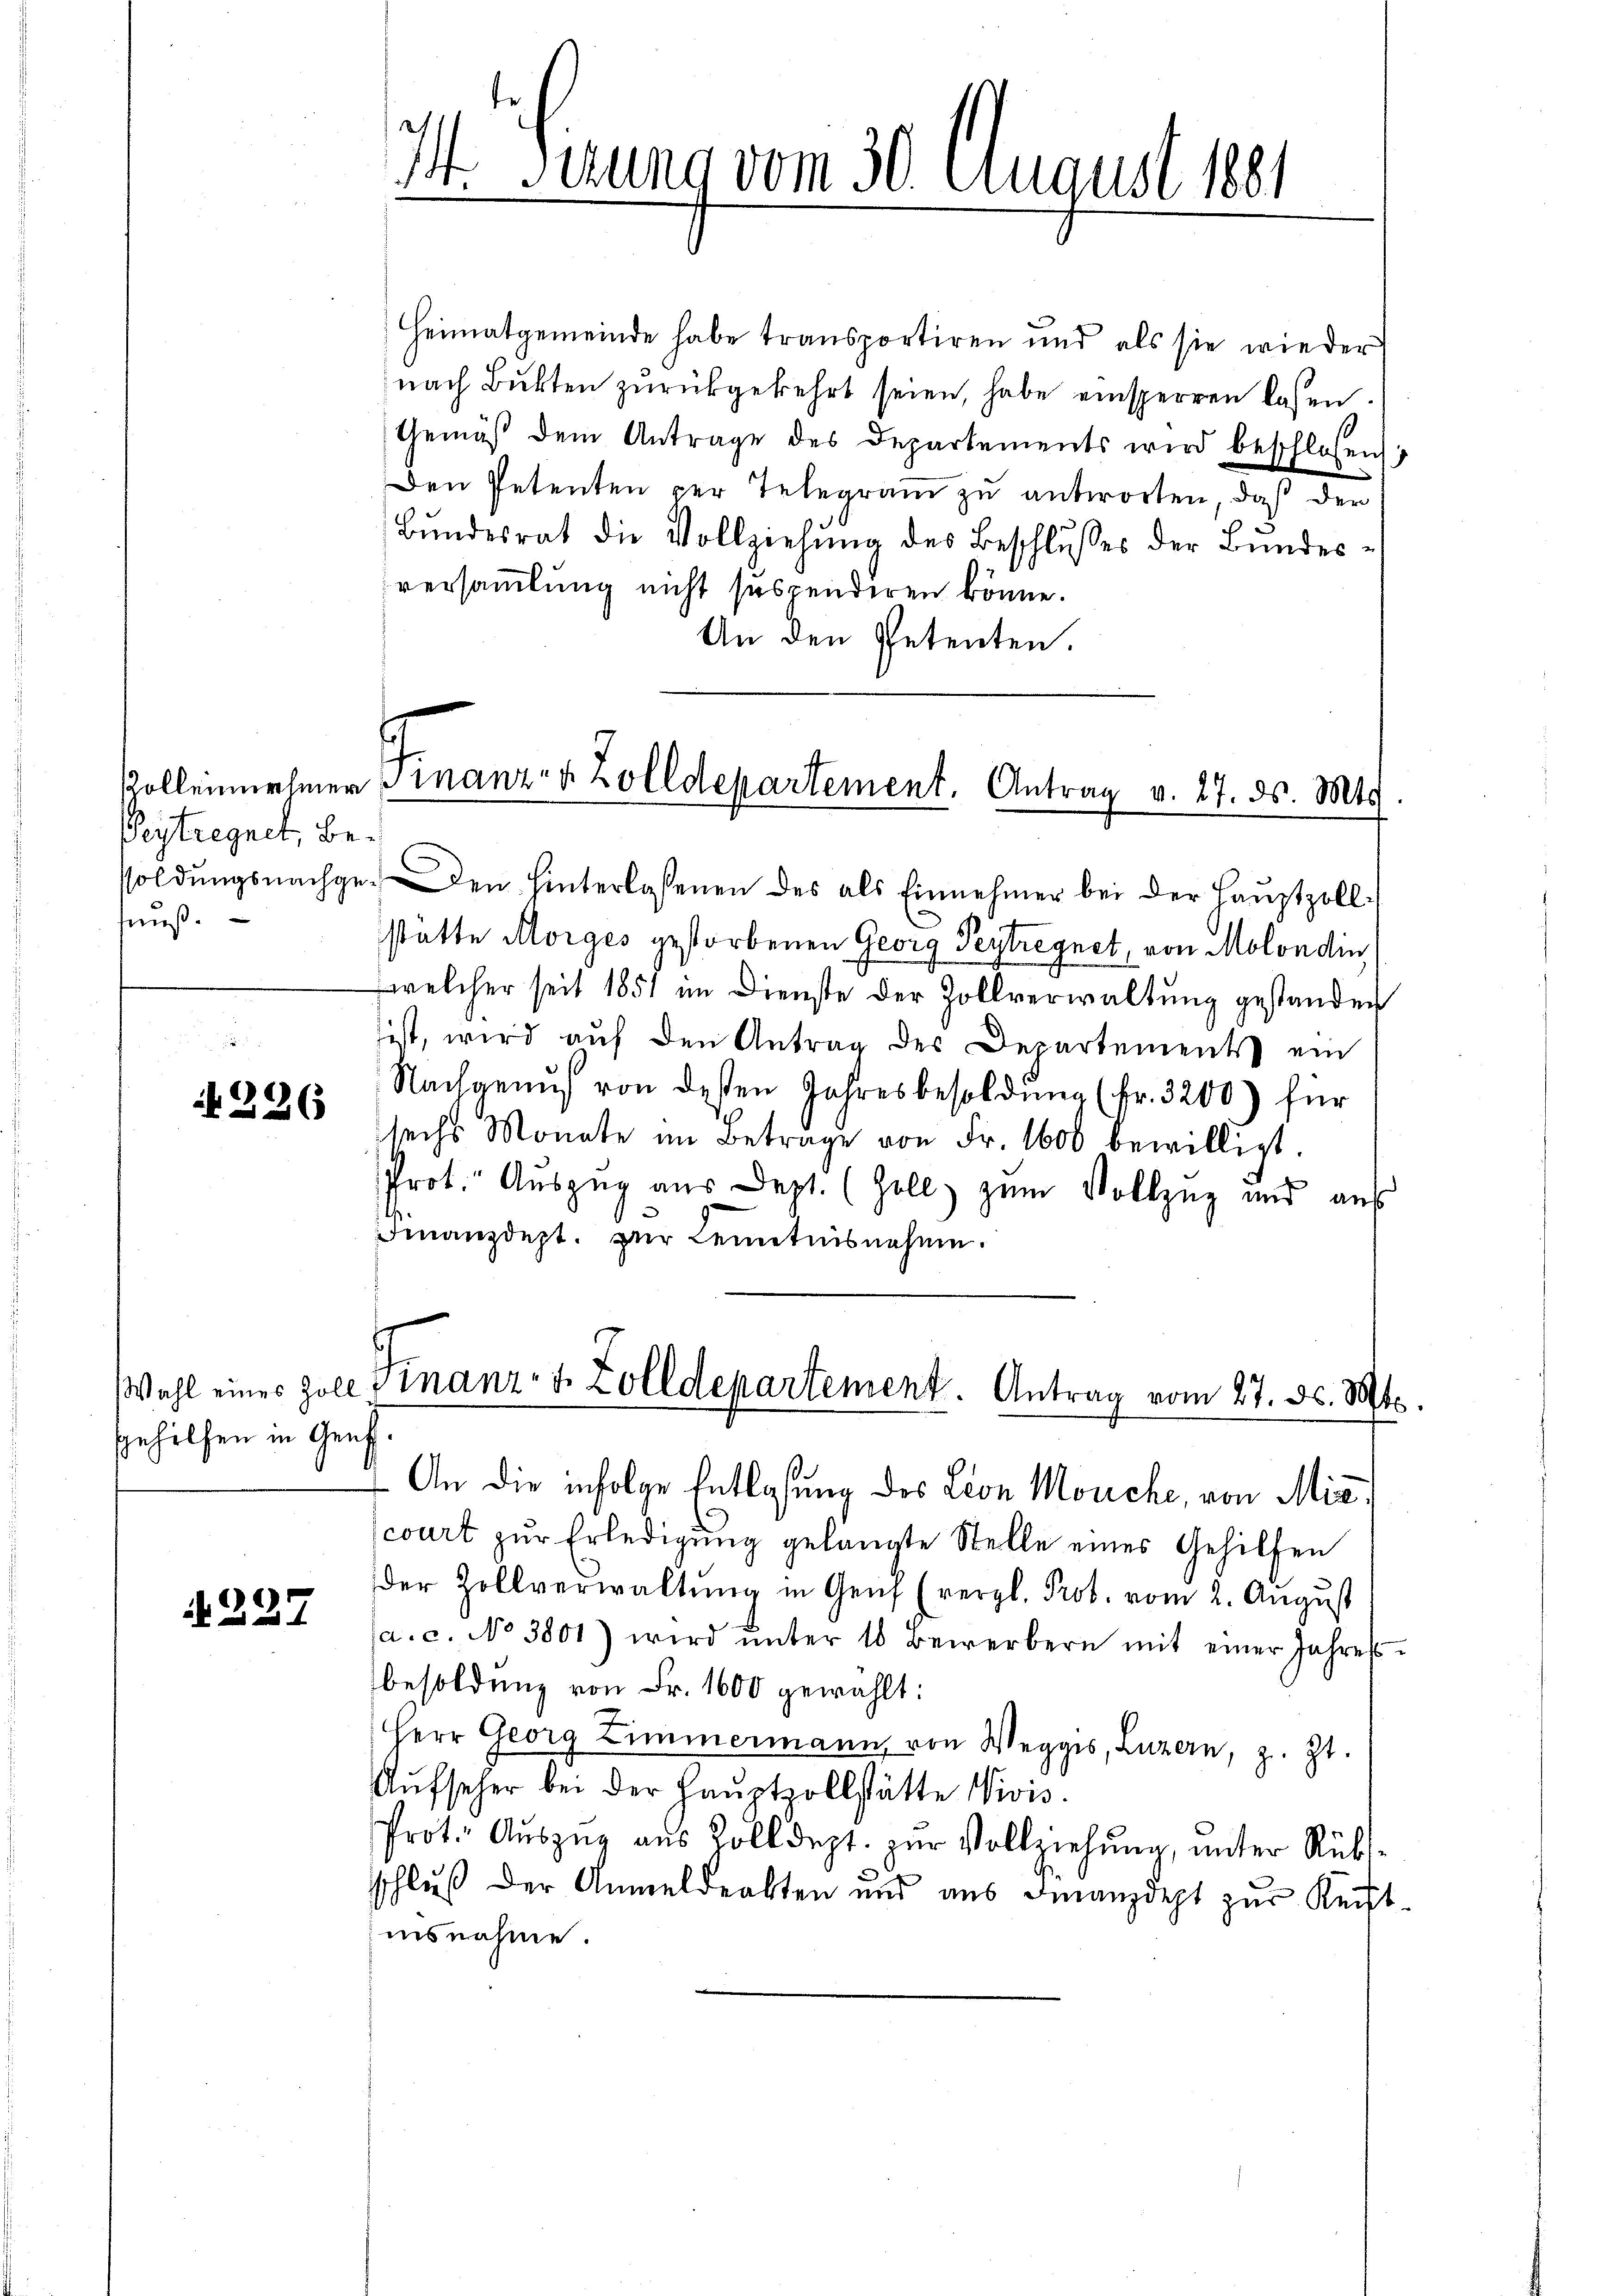
Peytregnet, befeuß.

226

Wahl eines Zoll
Gehilfen in Gen

227

Heimatgemeinde habe transportiren und als sie wieder
nach Bukten zurückgekehrt seien, habe einsperren lasen
Gemäß dem Antrage des Departements wird beschlossen
Den Petenten per Telegram zu antworten, daß der
Bŭndesrat die Vollziehŭng des Beschlŭsses der Bundes-
versammlung nicht suspenderen könne.
An den Petenten.

soldŭngsnachge- Den hinterlassenen des als Einnehmer bei der Haŭptzoll-
statte Morges gestorbenen Georg Peytregnet, von Molondin
welcher seit 1851 im Dienste der Zollverwaltung gestanden
tist, wird aŭf den Antrag des Departements ein
Nachgenus von dessen Jahresbesoldŭng (fr. 3200) für
sechs Monate im Betrage von Fr. 1600 bewilligt.
Prot. Auszug aus Dept. (Zoll zum Vollzug und aus
Finanzdept. zŭr Kenntnisnahme.

I Sizung vom 30. August 1881

Zolleinnehmer Finanz- & Zolldepartement. Antrag v. 27. ds. Mts.

Finanz- & Zolldepartement. Antrag vom 27. ds. Mts.
r
.
4 An die infolge Entlasung des Leon Mouche, von Mis¬

court zur Erledigung gelangte Stelle eines Gehilfen
der Zollverwaltung in Genf (vergl. Prob. vom 2. August
a.c. No 3801) wird ŭnter 16 Bewerbern mit einer Jahress-
besoldung von Fr. 1600 gewählt:
Herr Georg Zimmermann von Weggis, Luzern, z. Zt.
Aŭfseher bei der Haŭptzollstätte Divis.
Prot. Aŭszŭg aŭs Kolldept. zŭr Vollziehŭng ŭnter Rüks-
schluß der Anmeldeakten und aus Finanzdept zur Reistinsnahme.